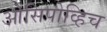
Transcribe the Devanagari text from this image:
ओसिपोव्हिच